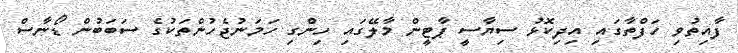
ފާއިތުވި ހަފްތާގައި އިދިކޮޅު ސިޔާސީ ޕާޓީން މާލޭގައި ހިންގި ހަމަނުޖެހުންތަކުގެ ސަބަބުން ޑޯނާސް